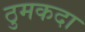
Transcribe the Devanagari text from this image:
ठुमकदा